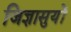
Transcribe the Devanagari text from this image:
जिज्ञासुयों